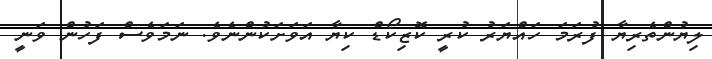
ލިޔުންތެރިޔާ ފުރަމަ ހައްޔަރު ކުރީ ކޮޒިކޯޑް ކިޔާ އަވަށަކުންނެވެ. ނަމަވެސް ފަހުން ވަނީ